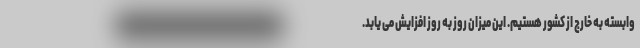
وابسته به خارج از کشور هستیم. این میزان روز به روز افزایش می یابد.